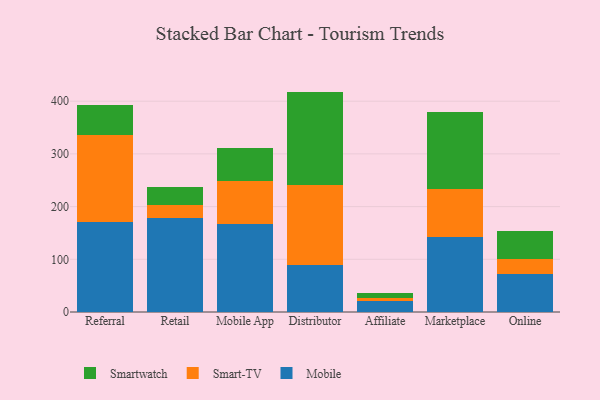
{"axis": {"x": "Channel", "y": "Population (Million)"}, "legend": ["Mobile", "Smart-TV", "Smartwatch"], "data": [{"x": "Referral", "y": 170.0, "type": "Mobile"}, {"x": "Referral", "y": 165.8, "type": "Smart-TV"}, {"x": "Referral", "y": 56.9, "type": "Smartwatch"}, {"x": "Retail", "y": 177.5, "type": "Mobile"}, {"x": "Retail", "y": 26.1, "type": "Smart-TV"}, {"x": "Retail", "y": 34.0, "type": "Smartwatch"}, {"x": "Mobile App", "y": 166.8, "type": "Mobile"}, {"x": "Mobile App", "y": 81.5, "type": "Smart-TV"}, {"x": "Mobile App", "y": 63.5, "type": "Smartwatch"}, {"x": "Distributor", "y": 90.0, "type": "Mobile"}, {"x": "Distributor", "y": 150.4, "type": "Smart-TV"}, {"x": "Distributor", "y": 177.8, "type": "Smartwatch"}, {"x": "Affiliate", "y": 21.6, "type": "Mobile"}, {"x": "Affiliate", "y": 5.0, "type": "Smart-TV"}, {"x": "Affiliate", "y": 9.9, "type": "Smartwatch"}, {"x": "Marketplace", "y": 141.6, "type": "Mobile"}, {"x": "Marketplace", "y": 92.0, "type": "Smart-TV"}, {"x": "Marketplace", "y": 146.1, "type": "Smartwatch"}, {"x": "Online", "y": 71.3, "type": "Mobile"}, {"x": "Online", "y": 28.9, "type": "Smart-TV"}, {"x": "Online", "y": 54.0, "type": "Smartwatch"}]}